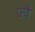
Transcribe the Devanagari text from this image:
ज्‍वै